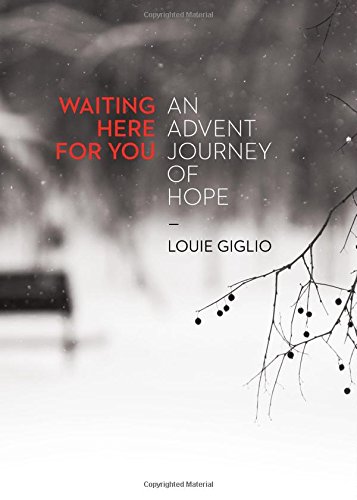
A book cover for Waiting Here For You: An Advent Journey Of Hope; Louie Giglio; Christian Books & Bibles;